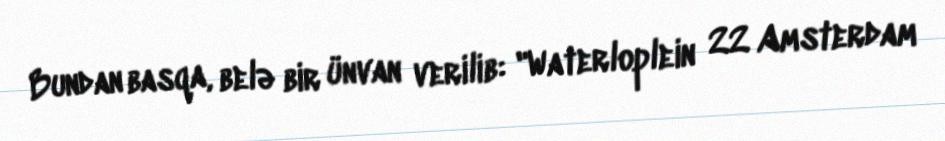
Bundan basqa, belə bir ünvan verilib: "Waterloplein 22 Amsterdam